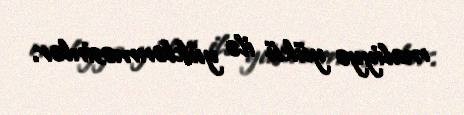
maliyyə yükü ilə yüklənməsinlər.